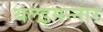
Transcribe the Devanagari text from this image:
थलइमन्‍नार